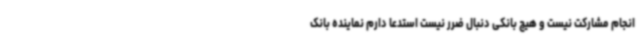
انجام مشارکت نیست و هیچ بانکی دنبال ضرر نیست استدعا دارم نماینده بانک